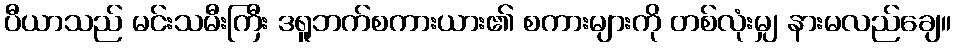
ပီယာသည် မင်းသမီးကြီး ဒရူဘက်စကားယား၏ စကားများကို တစ်လုံးမျှ နားမလည်ချေ။